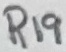
Text: R19